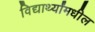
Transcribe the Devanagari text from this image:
विद्यार्थ्यांमधील